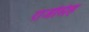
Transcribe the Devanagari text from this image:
राजसिह